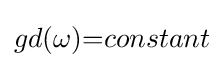
gd(\omega ){=}constant